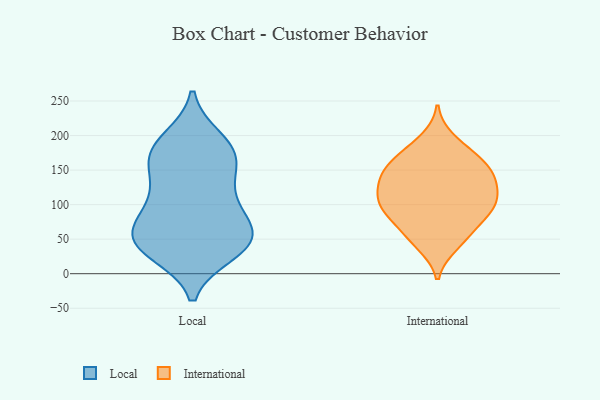
{"axis": {"x": "Gross Profit (USD K)", "y": "Value"}, "legend": ["International", "Local"], "data": [{"x": "", "y": 162, "type": "Local"}, {"x": "", "y": 46, "type": "Local"}, {"x": "", "y": 126, "type": "Local"}, {"x": "", "y": 155, "type": "Local"}, {"x": "", "y": 171, "type": "Local"}, {"x": "", "y": 48, "type": "Local"}, {"x": "", "y": 194, "type": "Local"}, {"x": "", "y": 31, "type": "Local"}, {"x": "", "y": 98, "type": "Local"}, {"x": "", "y": 77, "type": "Local"}, {"x": "", "y": 53, "type": "Local"}, {"x": "", "y": 113, "type": "Local"}, {"x": "", "y": 38, "type": "Local"}, {"x": "", "y": 54, "type": "Local"}, {"x": "", "y": 80, "type": "Local"}, {"x": "", "y": 179, "type": "Local"}, {"x": "", "y": 38, "type": "Local"}, {"x": "", "y": 186, "type": "Local"}, {"x": "", "y": 145, "type": "International"}, {"x": "", "y": 74, "type": "International"}, {"x": "", "y": 91, "type": "International"}, {"x": "", "y": 173, "type": "International"}, {"x": "", "y": 93, "type": "International"}, {"x": "", "y": 64, "type": "International"}, {"x": "", "y": 169, "type": "International"}, {"x": "", "y": 195, "type": "International"}, {"x": "", "y": 112, "type": "International"}, {"x": "", "y": 113, "type": "International"}, {"x": "", "y": 148, "type": "International"}, {"x": "", "y": 125, "type": "International"}, {"x": "", "y": 96, "type": "International"}, {"x": "", "y": 100, "type": "International"}, {"x": "", "y": 41, "type": "International"}, {"x": "", "y": 139, "type": "International"}, {"x": "", "y": 162, "type": "International"}, {"x": "", "y": 135, "type": "International"}, {"x": "", "y": 47, "type": "International"}]}